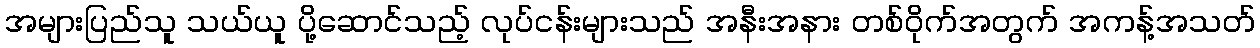
အများပြည်သူ သယ်ယူ ပို့ဆောင်သည့် လုပ်ငန်းများသည် အနီးအနား တစ်ဝိုက်အတွက် အကန့်အသတ်